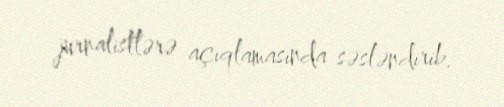
jurnalistlərə açıqlamasında səsləndirib.